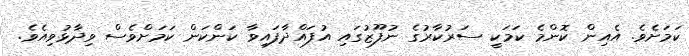
ކަމަށެވެ. އެއިން ކޮންމެ ކަމަކީ ސަރުކާރުގެ ނުފޫޒުގައި އުފައްދާފައިވާ ކަންކަން ކަމަށްވެސް ވިދާޅުވިއެވެ.